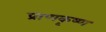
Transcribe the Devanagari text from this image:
प्राणकृष्ण